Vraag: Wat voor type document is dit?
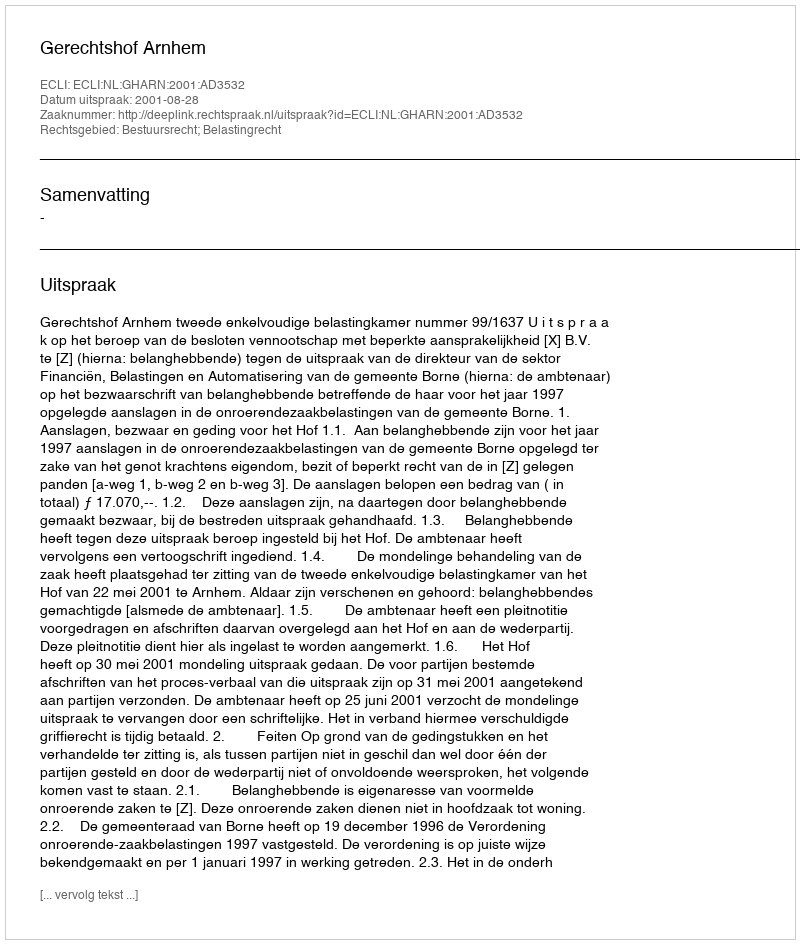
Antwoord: Uitspraak